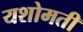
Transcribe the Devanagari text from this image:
यशोमती